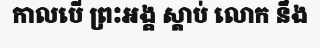
កាលបើ ព្រះអង្គ ស្តាប់ លោក នឹង